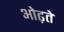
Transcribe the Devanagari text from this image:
ओढ़ते